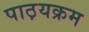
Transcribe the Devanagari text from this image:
पाठ़यक्रम